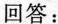
回答：